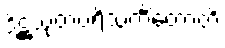
ဒိဋ္ဌသုတပရိသင်္ကိတောတိ